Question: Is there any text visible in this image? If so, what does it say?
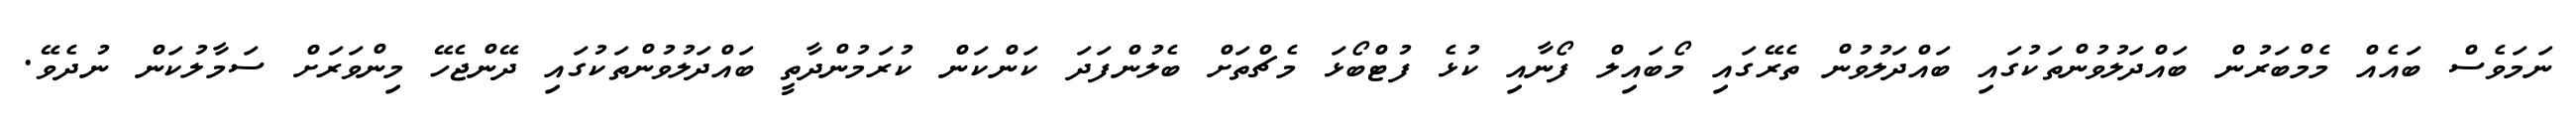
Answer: ނަމަވެސް ބައެއް މެމްބަރުން ބައްދަލުވުންތަކުގައި ބައްދަލުވުން ތެރޭގައި މޯބައިލް ފޯނާއި ކުޅެ ފުޓްބޯޅަ މެޗްތަށް ބެލުންފަދަ ކަންކަން ކުރަމުންދާތީ ބައްދަލުވުންތަކުގައި ދޭންޖެހޭ މިންވަރަށް ސަމާލުކަން ނުދެވޭ.